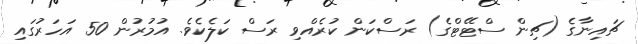
ޗައިނާގެ (ޗިން ސްޓޭޓްގެ) ރަސްކަން ކުރެއްވި ރަސް ކަލެކެވެ. އުމުރުން 50 އަހަރުގައި